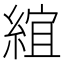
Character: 𬗦